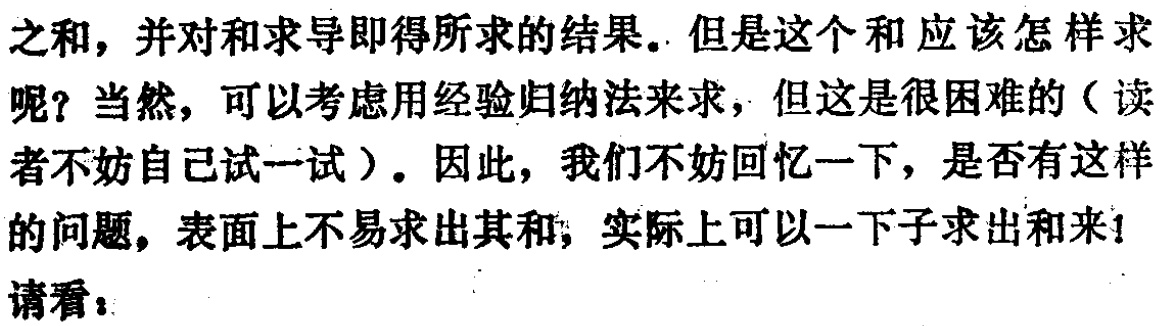
之和，并对和求导即得所求的结果。但是这个和应该怎样求呢？当然，可以考虑用经验归纳法来求，但这是很困难的（读者不妨自己试一试）。因此，我们不妨回忆一下，是否有这样的问题，表面上不易求出其和，实际上可以一下子求出和来！

请看：